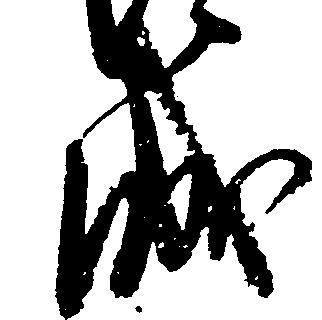
城